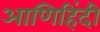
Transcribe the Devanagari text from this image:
आणिहिंदी